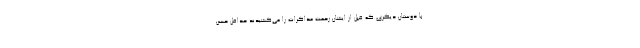
با دوستان دیگری که قبل از ایشان زحمت مذاکرات را می‌کشیدند حداقل حسن